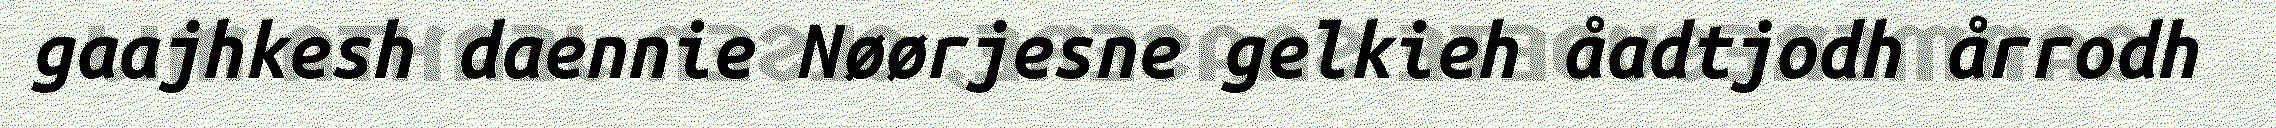
gaajhkesh daennie Nøørjesne gelkieh åadtjodh årrodh